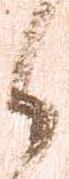
候